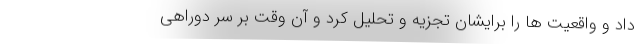
داد و واقعیت ها را برایشان تجزیه و تحلیل کرد و آن وقت بر سر دوراهی